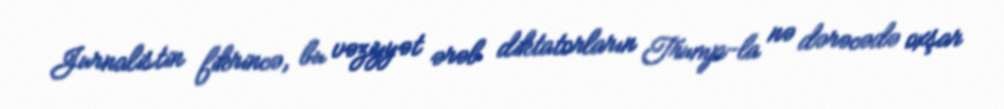
Jurnalistin fikrincə, bu vəziyyət ərəb diktatorların Trump-la nə dərəcədə oxşar